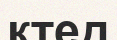
ктед